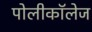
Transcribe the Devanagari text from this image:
पोलीकॉलेज